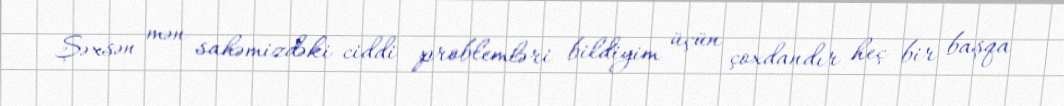
Şəxsən mən sahəmizdəki ciddi problemləri bildiyim üçün çoxdandır heç bir başqa